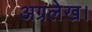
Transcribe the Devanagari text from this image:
अग्रलेख।